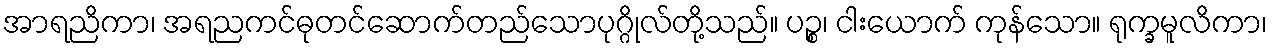
အာရညိကာ၊ အရညကင်ဓုတင်ဆောက်တည်သောပုဂ္ဂိုလ်တို့သည်။ ပဉ္စ၊ ငါးယောက် ကုန်သော။ ရုက္ခမူလိကာ၊